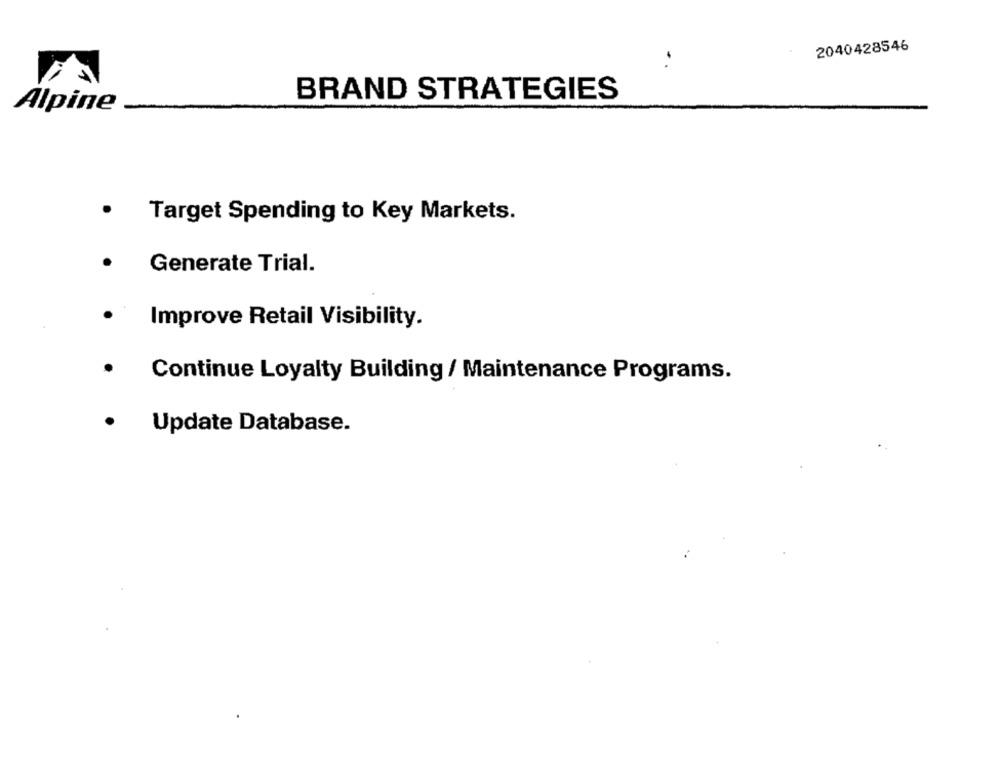
2040428546
BRAND STRATEGIES
Alpine
Target Spending to Key Markets.
Generate Trial.
Improve Retail Visibility.
Continue Loyalty Building / Maintenance Programs.
Update Database.